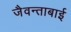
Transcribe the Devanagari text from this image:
जैवन्ताबाई